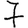
Digit: 7